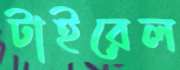
টাইরেল